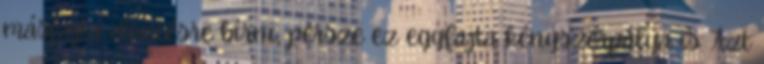
másfajta döntésre bírni, persze ez egyfajta kényszerpálya is. Azt